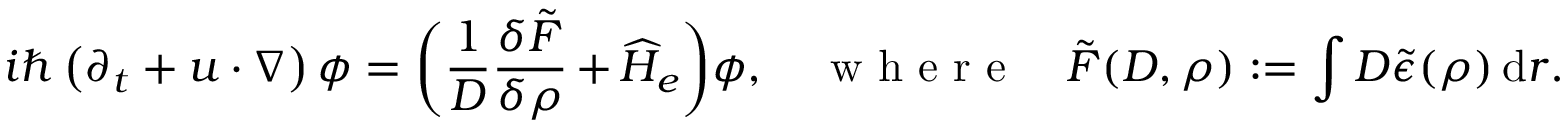
i \hbar \left( \partial _ { t } + u \cdot \nabla \right) \phi = \bigg ( \frac { 1 } { D } \frac { \delta \tilde { F } } { \delta \rho } + \widehat H _ { e } \bigg ) \phi , \quad \mathrm { ~ w ~ h ~ e ~ r ~ e ~ } \quad \tilde { F } ( D , \rho ) : = \int D \tilde { \epsilon } ( \rho ) \, \mathrm { d } r .